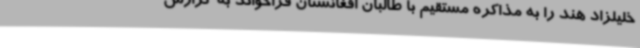
خلیلزاد هند را به مذاکره مستقیم با طالبان افغانستان فراخواند به گزارش